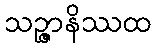
သဉ္ဇာနိဿထ